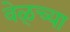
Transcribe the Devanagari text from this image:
वेळ्च्या